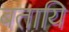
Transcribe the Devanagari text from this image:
बतायि